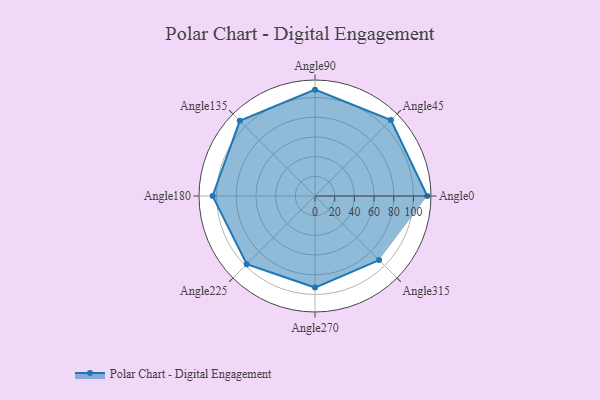
{"axis": {"x": "Angle", "y": "Radius"}, "legend": [""], "data": [{"x": "Angle0", "y": 114.0, "type": ""}, {"x": "Angle45", "y": 109.0, "type": ""}, {"x": "Angle90", "y": 108.0, "type": ""}, {"x": "Angle135", "y": 108.0, "type": ""}, {"x": "Angle180", "y": 104.0, "type": ""}, {"x": "Angle225", "y": 98.0, "type": ""}, {"x": "Angle270", "y": 93.0, "type": ""}, {"x": "Angle315", "y": 92.0, "type": ""}]}